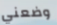
وضعني